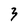
Character: 3